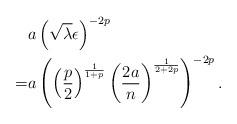
LaTeX: \begin{align*}\begin{alignedat}{1} & a\left(\sqrt{\lambda}\epsilon\right)^{-2p}\\= & a\left(\left(\frac{p}{2}\right)^{\frac{1}{1+p}}\left(\frac{2a}{n}\right)^{\frac{1}{2+2p}}\right)^{-2p}.\end{alignedat}\end{align*}